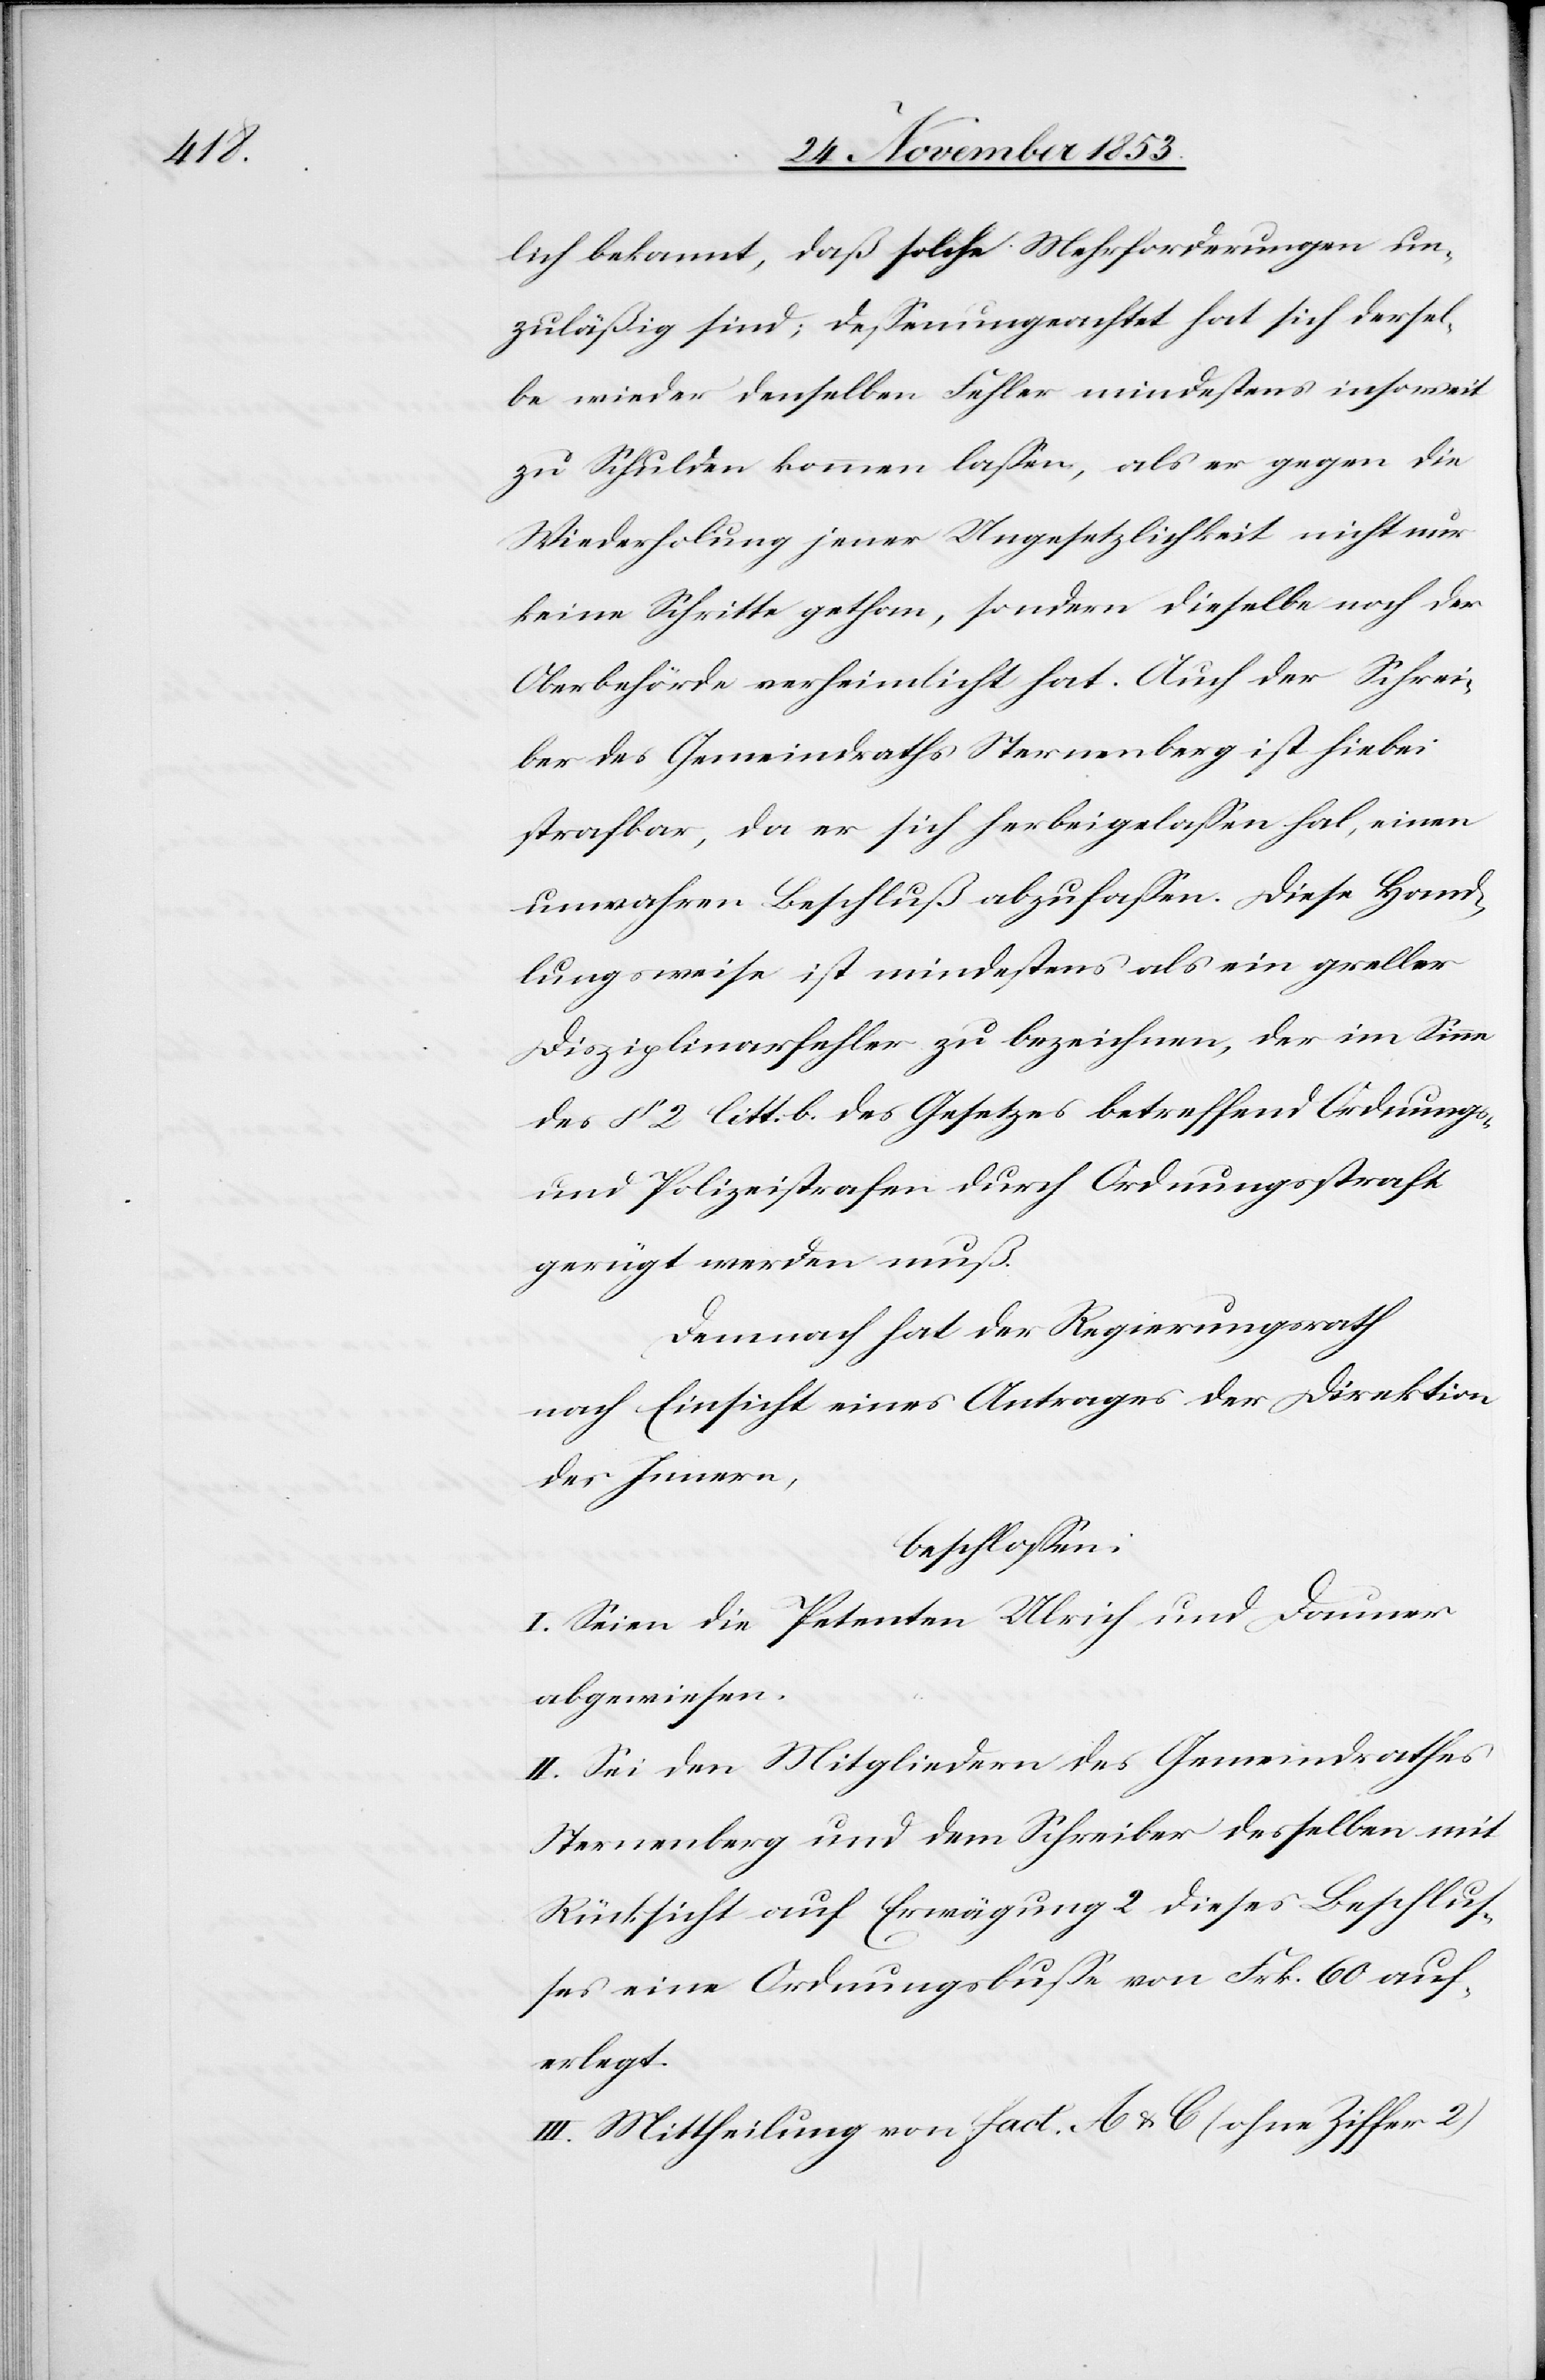
lich bekannt, daß solche Mehrforderungen un¬
zuläßig sind, deßenungeachtet hat sich dersel¬
be wieder denselben Fehler mindestens insoweit
zu Schulden kommen laßen, als er gegen die
Wiederholung jener Ungesetzlichkeit nicht nur
keine Schritte gethan, sondern dieselbe noch der
Oberbehörde verheimlicht hat. Auch der Schrei¬
ber des Gemeindraths Sternenberg ist hiebei
strafbar, da er sich herbeigelaßen hat, einen
unwahren Beschluß abzufaßen. Diese Hand¬
lungsweise ist mindestens als ein greller
Disziplinfehler zu bezeichnen, der im Sinne
des § 2 litt. b. des Gesetzes betreffend Ordnungs-
und Polizeistrafen durch Ordnungsstrafe
gerügt werden muß.
Demnach hat der Regierungsrath
nach Einsicht eines Antrages der Direktion
des Innern,
beschloßen:
I. Seien die Petenten Ulrich und Dauner
abgewiesen.
II. Sei den Mitgliedern des Gemeindrathes
Sternenberg und dem Schreiber desselben mit
Rücksicht auf Erwägung 2 dieses Beschluß¬
es eine Ordnungsbuße von Frk. 60 auf¬
erlegt.
III. Mittheilung an fact. A u. C. (ohne Ziffer 2)